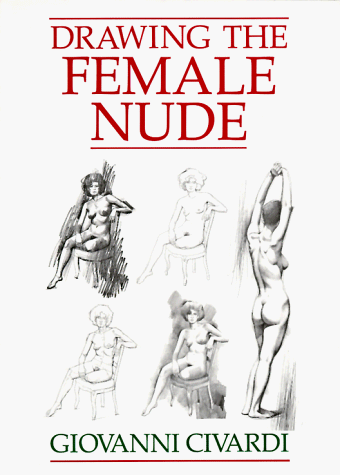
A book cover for Drawing the Female Nude; Giovanni Civardi; Arts & Photography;